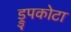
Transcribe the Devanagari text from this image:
ड्रुपकोटा